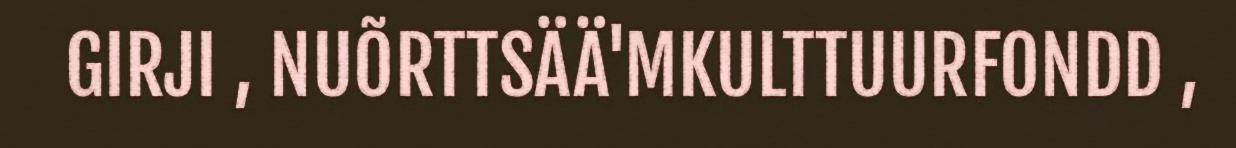
GIRJI , NUÕRTTSÄÄ'MKULTTUURFONDD ,